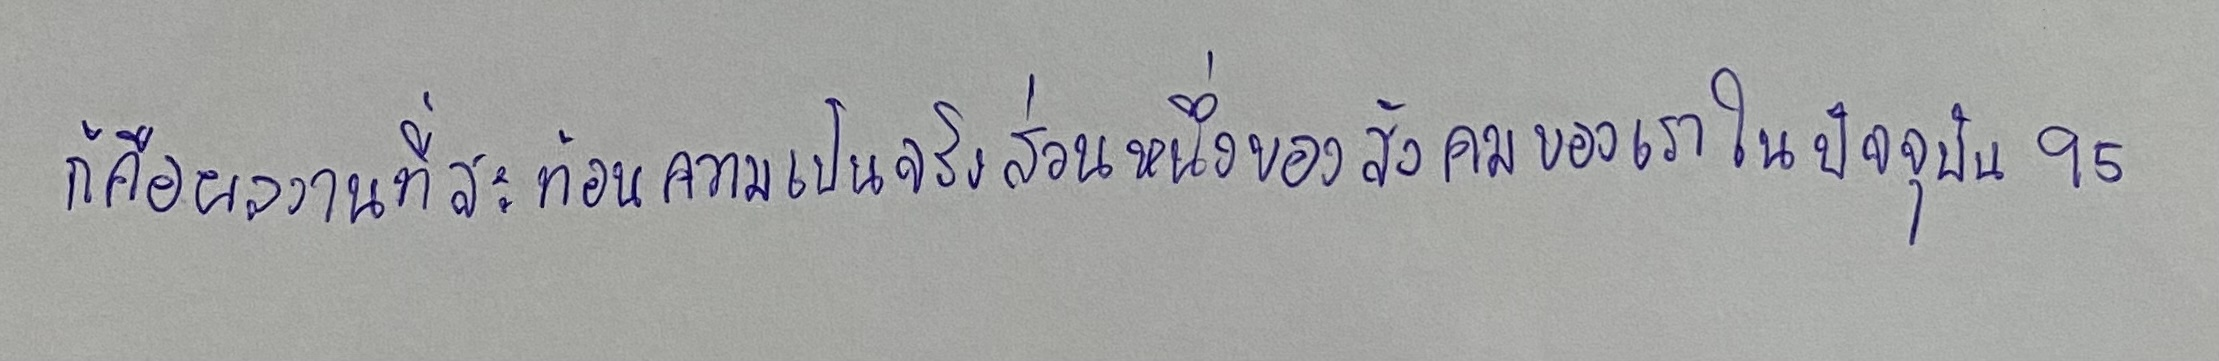
ก็คือผลงานที่สะท้อนความเป็นจริงส่วนหนึ่งของสังคมของเราในปัจจุบัน95